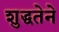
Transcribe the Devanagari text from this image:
शुद्धतेने